Vaccination in Bombay 1869-1873 - 1869-1873
Year: 1869
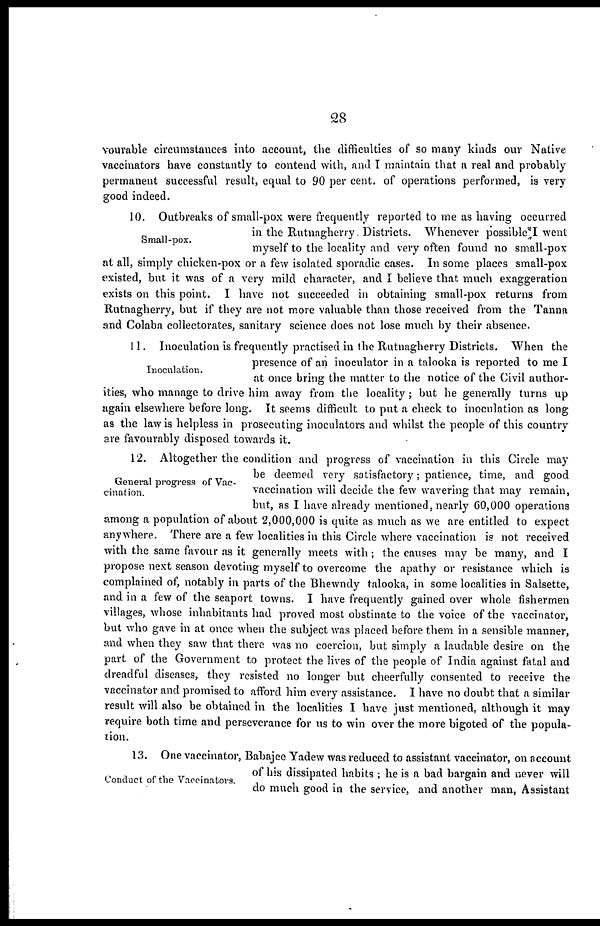
28
vourable circumstances into account, the difficulties of so many kinds our Native
vaccinators have constantly to contend with, and I maintain that a real and probably
permanent successful result, equal to 90 per cent. of operations performed, is very
good indeed.
Small-pox.
10. Outbreaks of small-pox were frequently reported to me as having occurred
in the Rutnagherry. Districts. Whenever possible I went
myself to the locality and very often found no small-pox
at all, simply chicken-pox or a few isolated sporadic cases. In some places small-pox
existed, but it was of a very mild character, and I believe that much exaggeration
exists on this point. I have not succeeded in obtaining small-pox returns from
Rutnagherry, but if they are not more valuable than those received from the Tanna
and Colaba collectorates, sanitary science does not lose much by their absence.
Inoculation.
11. Inoculation is frequently practised in the Rutnagherry Districts. When the
presence of an inoculator in a talooka is reported to me I
at once bring the matter to the notice of the Civil author-
ities, who manage to drive him away from the locality ; but he generally turns up
again elsewhere before long. It seems difficult to put a check to inoculation as long
as the law is helpless in prosecuting inoculators and whilst the people of this country
are favourably disposed towards it.
General progress of Vac¬
cination.
12. Altogether the condition and progress of vaccination in this Circle may
be deemed very satisfactory; patience, time, and good
vaccination will decide the few wavering that may remain,
but, as I have already mentioned, nearly 60,000 operations
among a population of about 2,000,000 is quite as much as we are entitled to expect
anywhere. There are a few localities in this Circle where vaccination is not received
with the same favour as it generally meets with; the causes may be many, and I
propose next season devoting myself to overcome the apathy or resistance which is
complained of, notably in parts of the Bhewndy talooka, in some localities in Salsette,
and in a few of the seaport towns. I have frequently gained over whole fishermen
villages, whose inhabitants had proved most obstinate to the voice of the vaccinator,
but who gave in at once when the subject was placed before them in a sensible manner,
and when they saw that there was no coercion, but simply a laudable desire on the
part of the Government to protect the lives of the people of India against fatal and
dreadful diseases, they resisted no longer but cheerfully consented to receive the
vaccinator and promised to afford him every assistance. I have no doubt that a similar
result will also be obtained in the localities I have just mentioned, although it may
require both time and perseverance for us to win over the more bigoted of the popula-
tion.
Conduct of the Vaccinators.
13. One vaccinator, Babajee Yadew was reduced to assistant vaccinator, on account
of his dissipated habits ; he is a bad bargain and never will
do much good in the service, and another man, Assistant